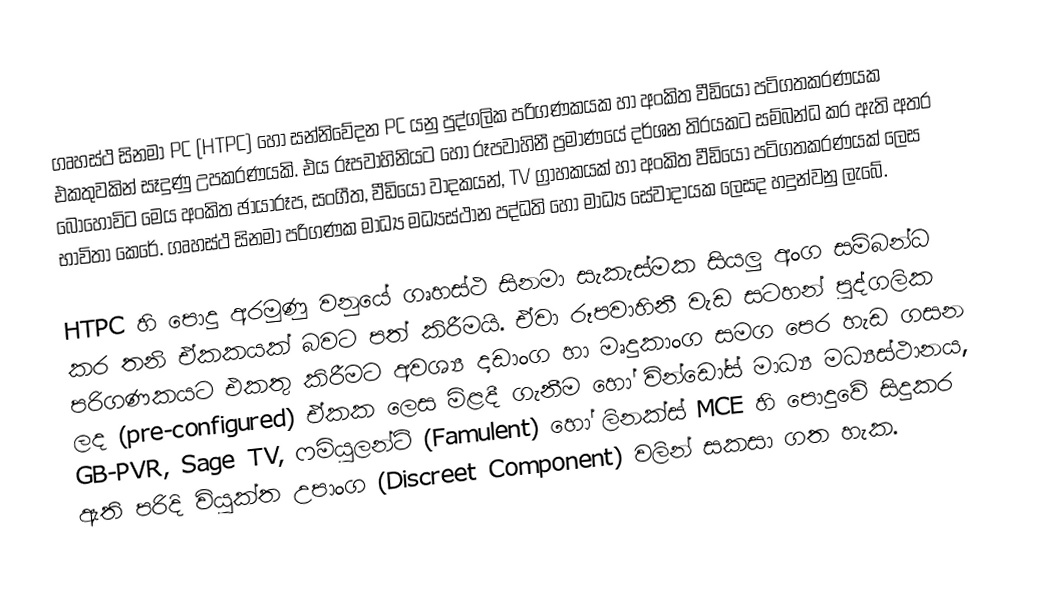
ගෘහස්ථ සිනමා  PC (HTPC) හෝ සන්නිවේදන PC යනු පුද්ගලික පරිගණකයක හා අංකිත වීඩියෝ පටිගතකරණයක එකතුවකින් සෑදුණු උපකරණයකි. එය රූපවාහිනියට හෝ රූපවාහිනී ප්‍රමාණයේ දර්ශන තිරයකට සම්බන්ධ කර ඇති අතර බොහෝවිට මෙය අංකිත ඡායාරූප, සංගීත, වීඩියෝ වාදකයන්, TV ග්‍රාහකයක් හා අංකිත වීඩියෝ පටිගතකරණයක් ලෙස භාවිතා කෙරේ. ගෘහස්ථ සිනමා පරිගණක  මාධ්‍ය මධ්‍යස්ථාන පද්ධති හෝ මාධ්‍ය සේවාදායක ලෙසද හදුන්වනු ලැබේ.

HTPC හි පොදු අරමුණු වනුයේ ගෘහස්ථ සිනමා සැකැස්මක සියලු අංග සම්බන්ධ කර තනි ඒකකයක් බවට පත් කිරීමයි. ඒවා රූපවාහිනී වැඩ සටහන් පුද්ගලික පරිගණකයට එකතු කිරීමට අවශ්‍ය දෘඩාංග හා මෘදුකාංග සමග පෙර හැඩ ගසන ලද (pre-configured) ඒකක ලෙස  මිළදී ගැනීම හෝ වින්ඩෝස් මාධ්‍ය මධ්‍යස්ථානය, GB-PVR, Sage TV, ෆමියුලන්ට් (Famulent) හෝ ලිනක්ස් MCE හි පොදුවේ සිදුකර ඇති පරිදි වියුක්ත උපාංග (Discreet Component) වලින් සකසා ගත හැක.